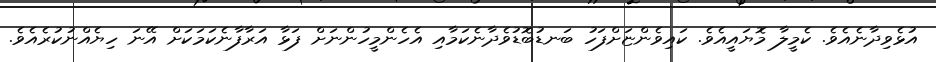
އުޅެވިދާނެއެވެ. ކެމީލާ މޮޔައީއެވެ. ކައިވެންޏަށްފަހު ބަނޑުބޮޑުވެދާނެކަމާއި އެހެންމީހުންނަށް ފަޅާ އަރާފާނެކަމަކަށް އޭނަ ހިޔެއްނުކުރެއެވެ.